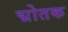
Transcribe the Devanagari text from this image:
द्मोतक